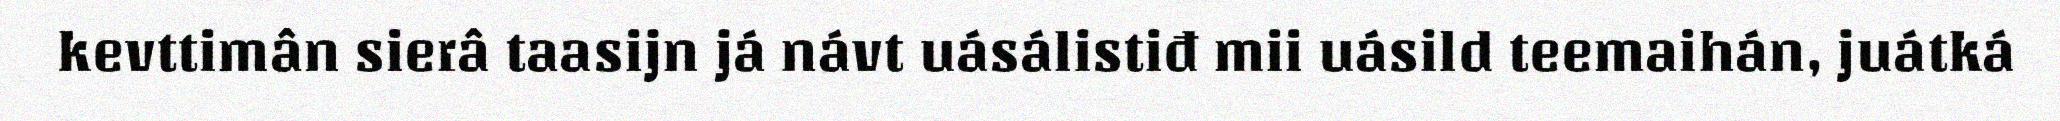
kevttimân sierâ taasijn já návt uásálistiđ mii uásild teemaihán, juátká